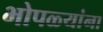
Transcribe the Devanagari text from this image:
भोपळ्यांना